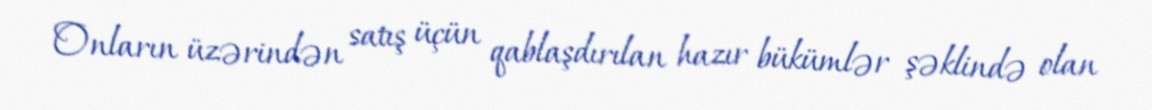
Onların üzərindən satış üçün qablaşdırılan hazır bükümlər şəklində olan